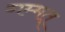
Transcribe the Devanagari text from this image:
गम्मत्